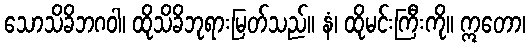
သောသိခိဘဂဝါ၊ ထိုသိခိဘုရားမြတ်သည်။ နံ၊ ထိုမင်းကြီးကို။ ဣတော၊